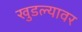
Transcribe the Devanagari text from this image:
खुडल्यावर